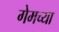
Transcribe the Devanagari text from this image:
गेमच्या